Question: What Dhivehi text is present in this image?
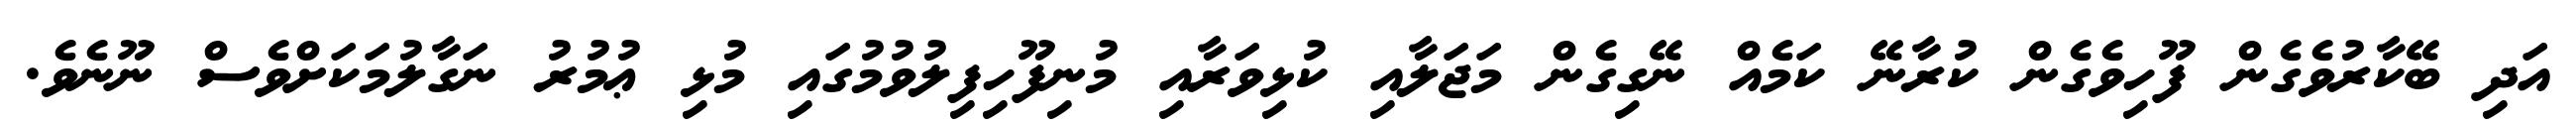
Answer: އަދި ބޭކާރުވެގެން ފޫހިވެގެން ކުރާނޭ ކަމެއް ނޭގިގެން މަޖަލާއި ކުޅިވަރާއި މުނިފޫހިފިލުވުމުގައި މުޅި ޢުމުރު ނަގާލުމަކަށްވެސް ނޫނެވެ.